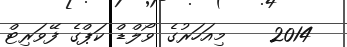
2014    މިއަހަރުގެ ވޯލްޑް ކަޕްގެ ފޭވަރިޓް